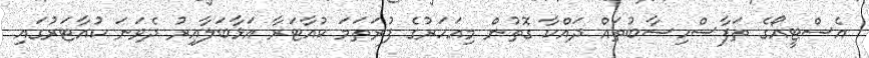
އެސްޓީއޯގެ ތަފާސްހިސާބުތައް ދައްކާ ގޮތުން މިއަހަރުގެ ފުރަތަމަ ކުއާޓަރާ އަޅާބަލާއިރު ދެވަނަ ކުއާޓަރުގައި